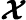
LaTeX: \mathbfcal{X}